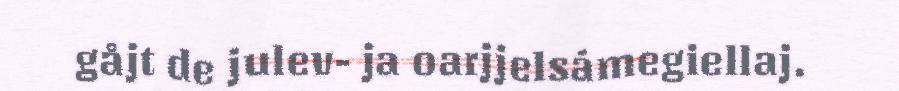
gåjt de julev- ja oarjjelsámegiellaj.